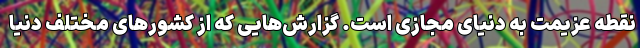
نقطه عزیمت به دنیای مجازی است. گزارش‌هایی که از کشورهای مختلف دنیا